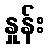
နှုန်း